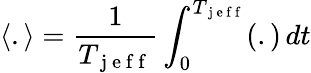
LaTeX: \langle.\rangle=\frac{1}{T_{\mathrm{~j~e~f~f~}}}\int_{0}^{T_{\mathrm{~j~e~f~f~}}}(.)\, dt